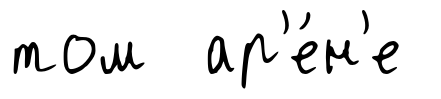
том ар'е́н'е